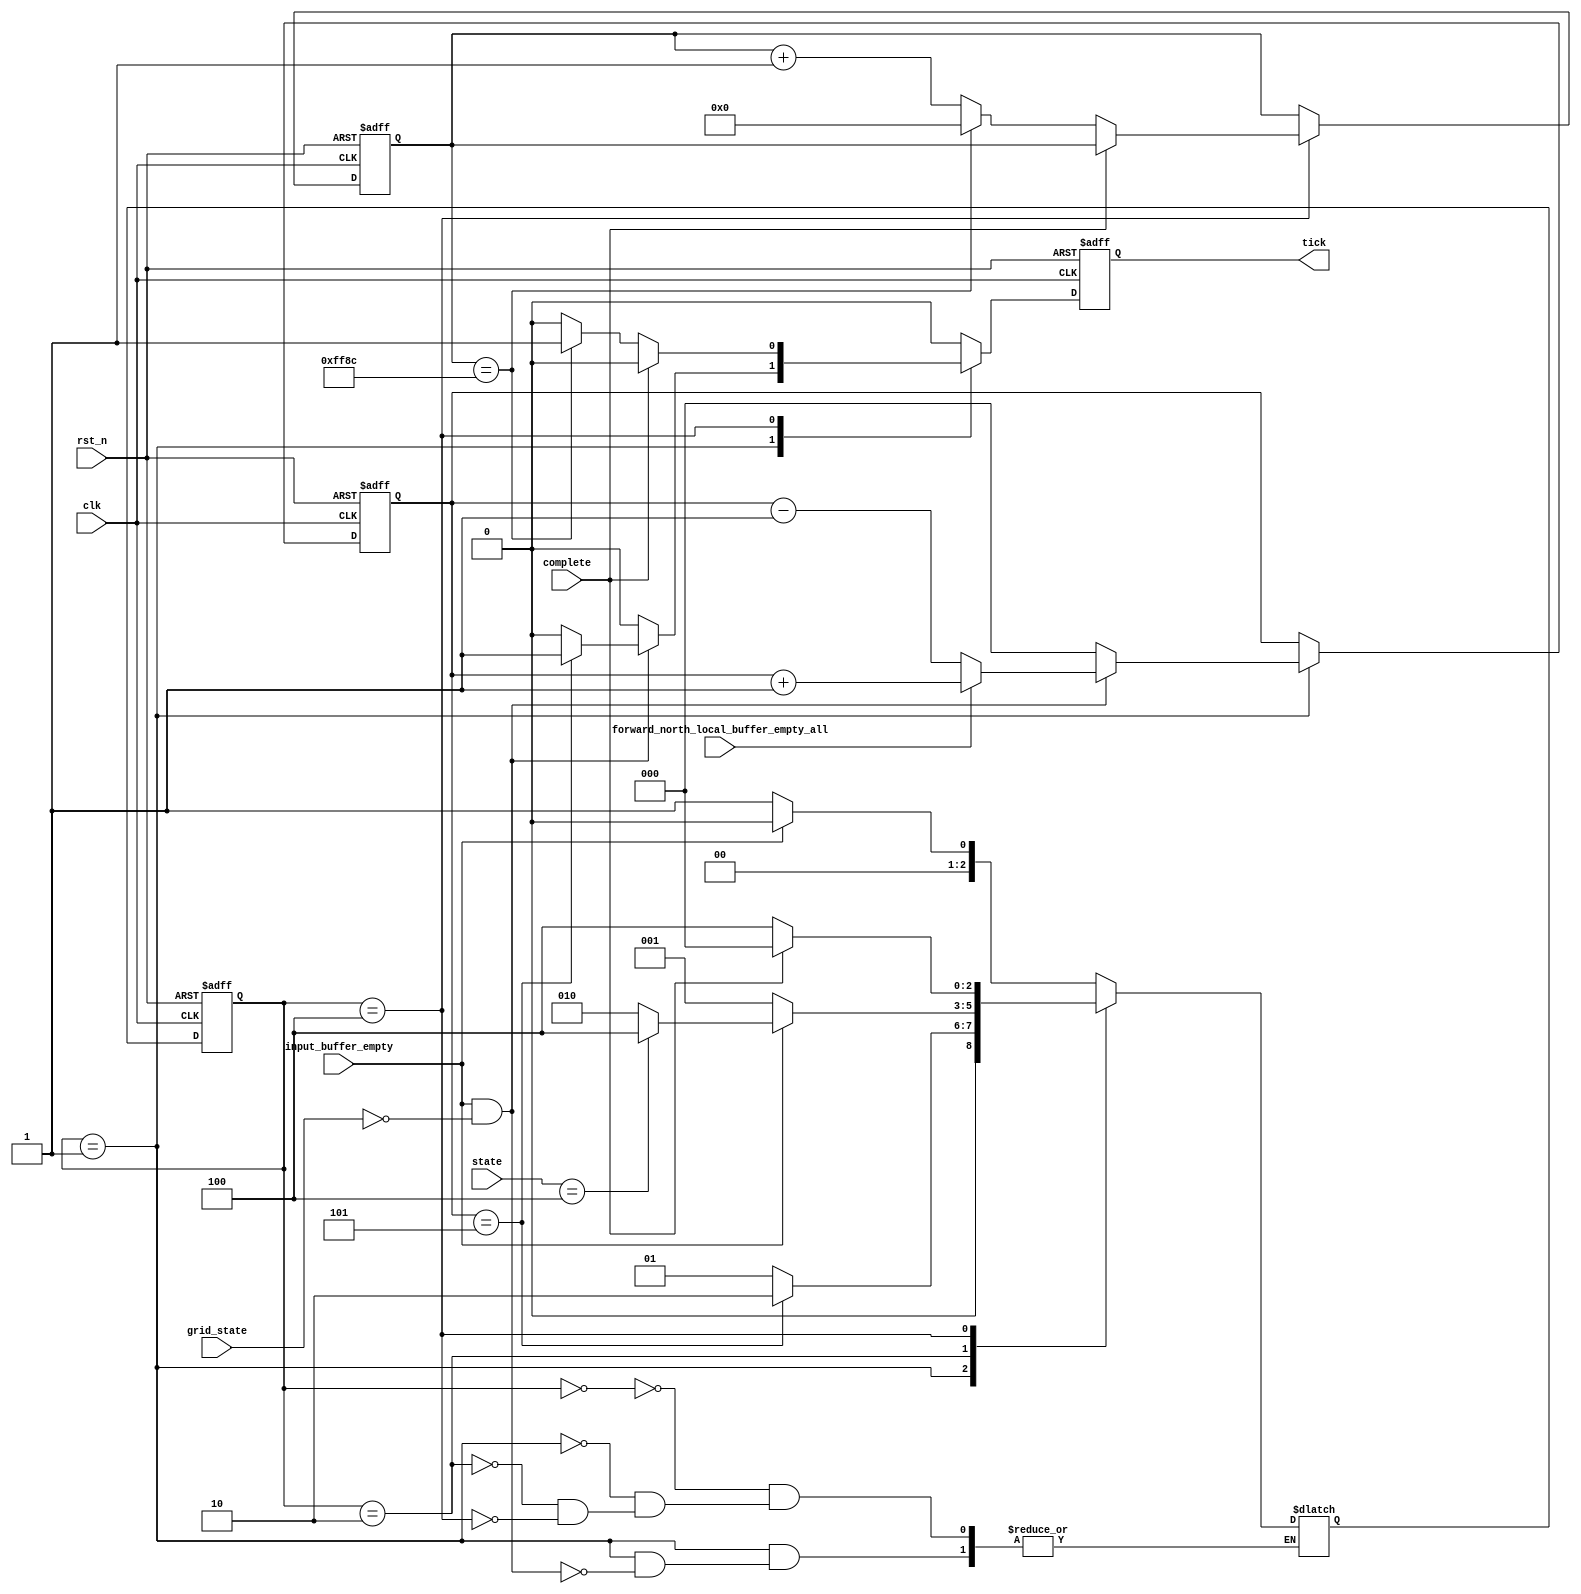
module tick_gen (
    input       clk                                 ,
    input       rst_n                               ,
    input [2:0] state                               ,
    input [2:0] grid_state                          ,
    input       input_buffer_empty                  ,
    input       forward_north_local_buffer_empty_all,
    input       complete                            ,
    output      tick
);
    localparam  [2:0]   IDLE    = 3'b000,
                        TICK1   = 3'b001,
                        WAIT    = 3'b010,       
                        TICK2   = 3'b100;

    reg [2:0]   cnt_reg, cnt_next               ;
    reg [31:0]  cnt2_reg, cnt2_next             ;
    reg         tick_reg, tick_next             ;
    reg [2:0]   state_tick_reg, state_tick_next ;

    always @(posedge clk or negedge rst_n) begin
        if (!rst_n) begin
            tick_reg    <= 0;
            cnt_reg     <= 0;
            cnt2_reg    <= 0;
            state_tick_reg   <= IDLE;
        end
        else begin
            tick_reg        <= tick_next;
            cnt_reg         <= cnt_next;
            cnt2_reg        <= cnt2_next;
            state_tick_reg  <= state_tick_next;
        end
    end

    always @(*) begin
        tick_next   = 1'b0;
        cnt_next    = cnt_reg;
        cnt2_next   = cnt2_reg;
        case (state_tick_reg)
            IDLE:begin
                if(!input_buffer_empty)
                    state_tick_next = TICK1;
                else
                    state_tick_next = IDLE;
            end
            TICK1:begin
                if (input_buffer_empty && grid_state == 0)begin
                    if (cnt_reg == 5) begin 
                        tick_next   = 1;
                        cnt_next    = 0;
                        state_tick_next = WAIT;
                    end 
                    else begin
                        state_tick_next = TICK1;
                    end
                    if (forward_north_local_buffer_empty_all) begin 
                        cnt_next = cnt_reg + 1'b1;
                    end
        
                    else if (!forward_north_local_buffer_empty_all) begin 
                        cnt_next = cnt_reg - 1'b1;
                    end
                end
                else begin
                    cnt_next    = 0;
                end
            end
            WAIT:begin
                if (!input_buffer_empty) begin
                    state_tick_next = TICK1;
                end
                else if (state == 3'b100) begin
                    state_tick_next = TICK2;
                end
                else begin
                    state_tick_next = WAIT;
                end
            end
            TICK2:begin
                if (complete)
                    state_tick_next  = IDLE;
                else begin
                    state_tick_next  = TICK2;
                    if (cnt2_reg == 32'hff8c) begin
                        tick_next = 1'b1;
                        cnt2_next = 0;
                    end
                    else
                        cnt2_next = cnt2_reg + 1'b1;
                end
            end
        endcase
    end

    assign tick = tick_reg;

endmodule